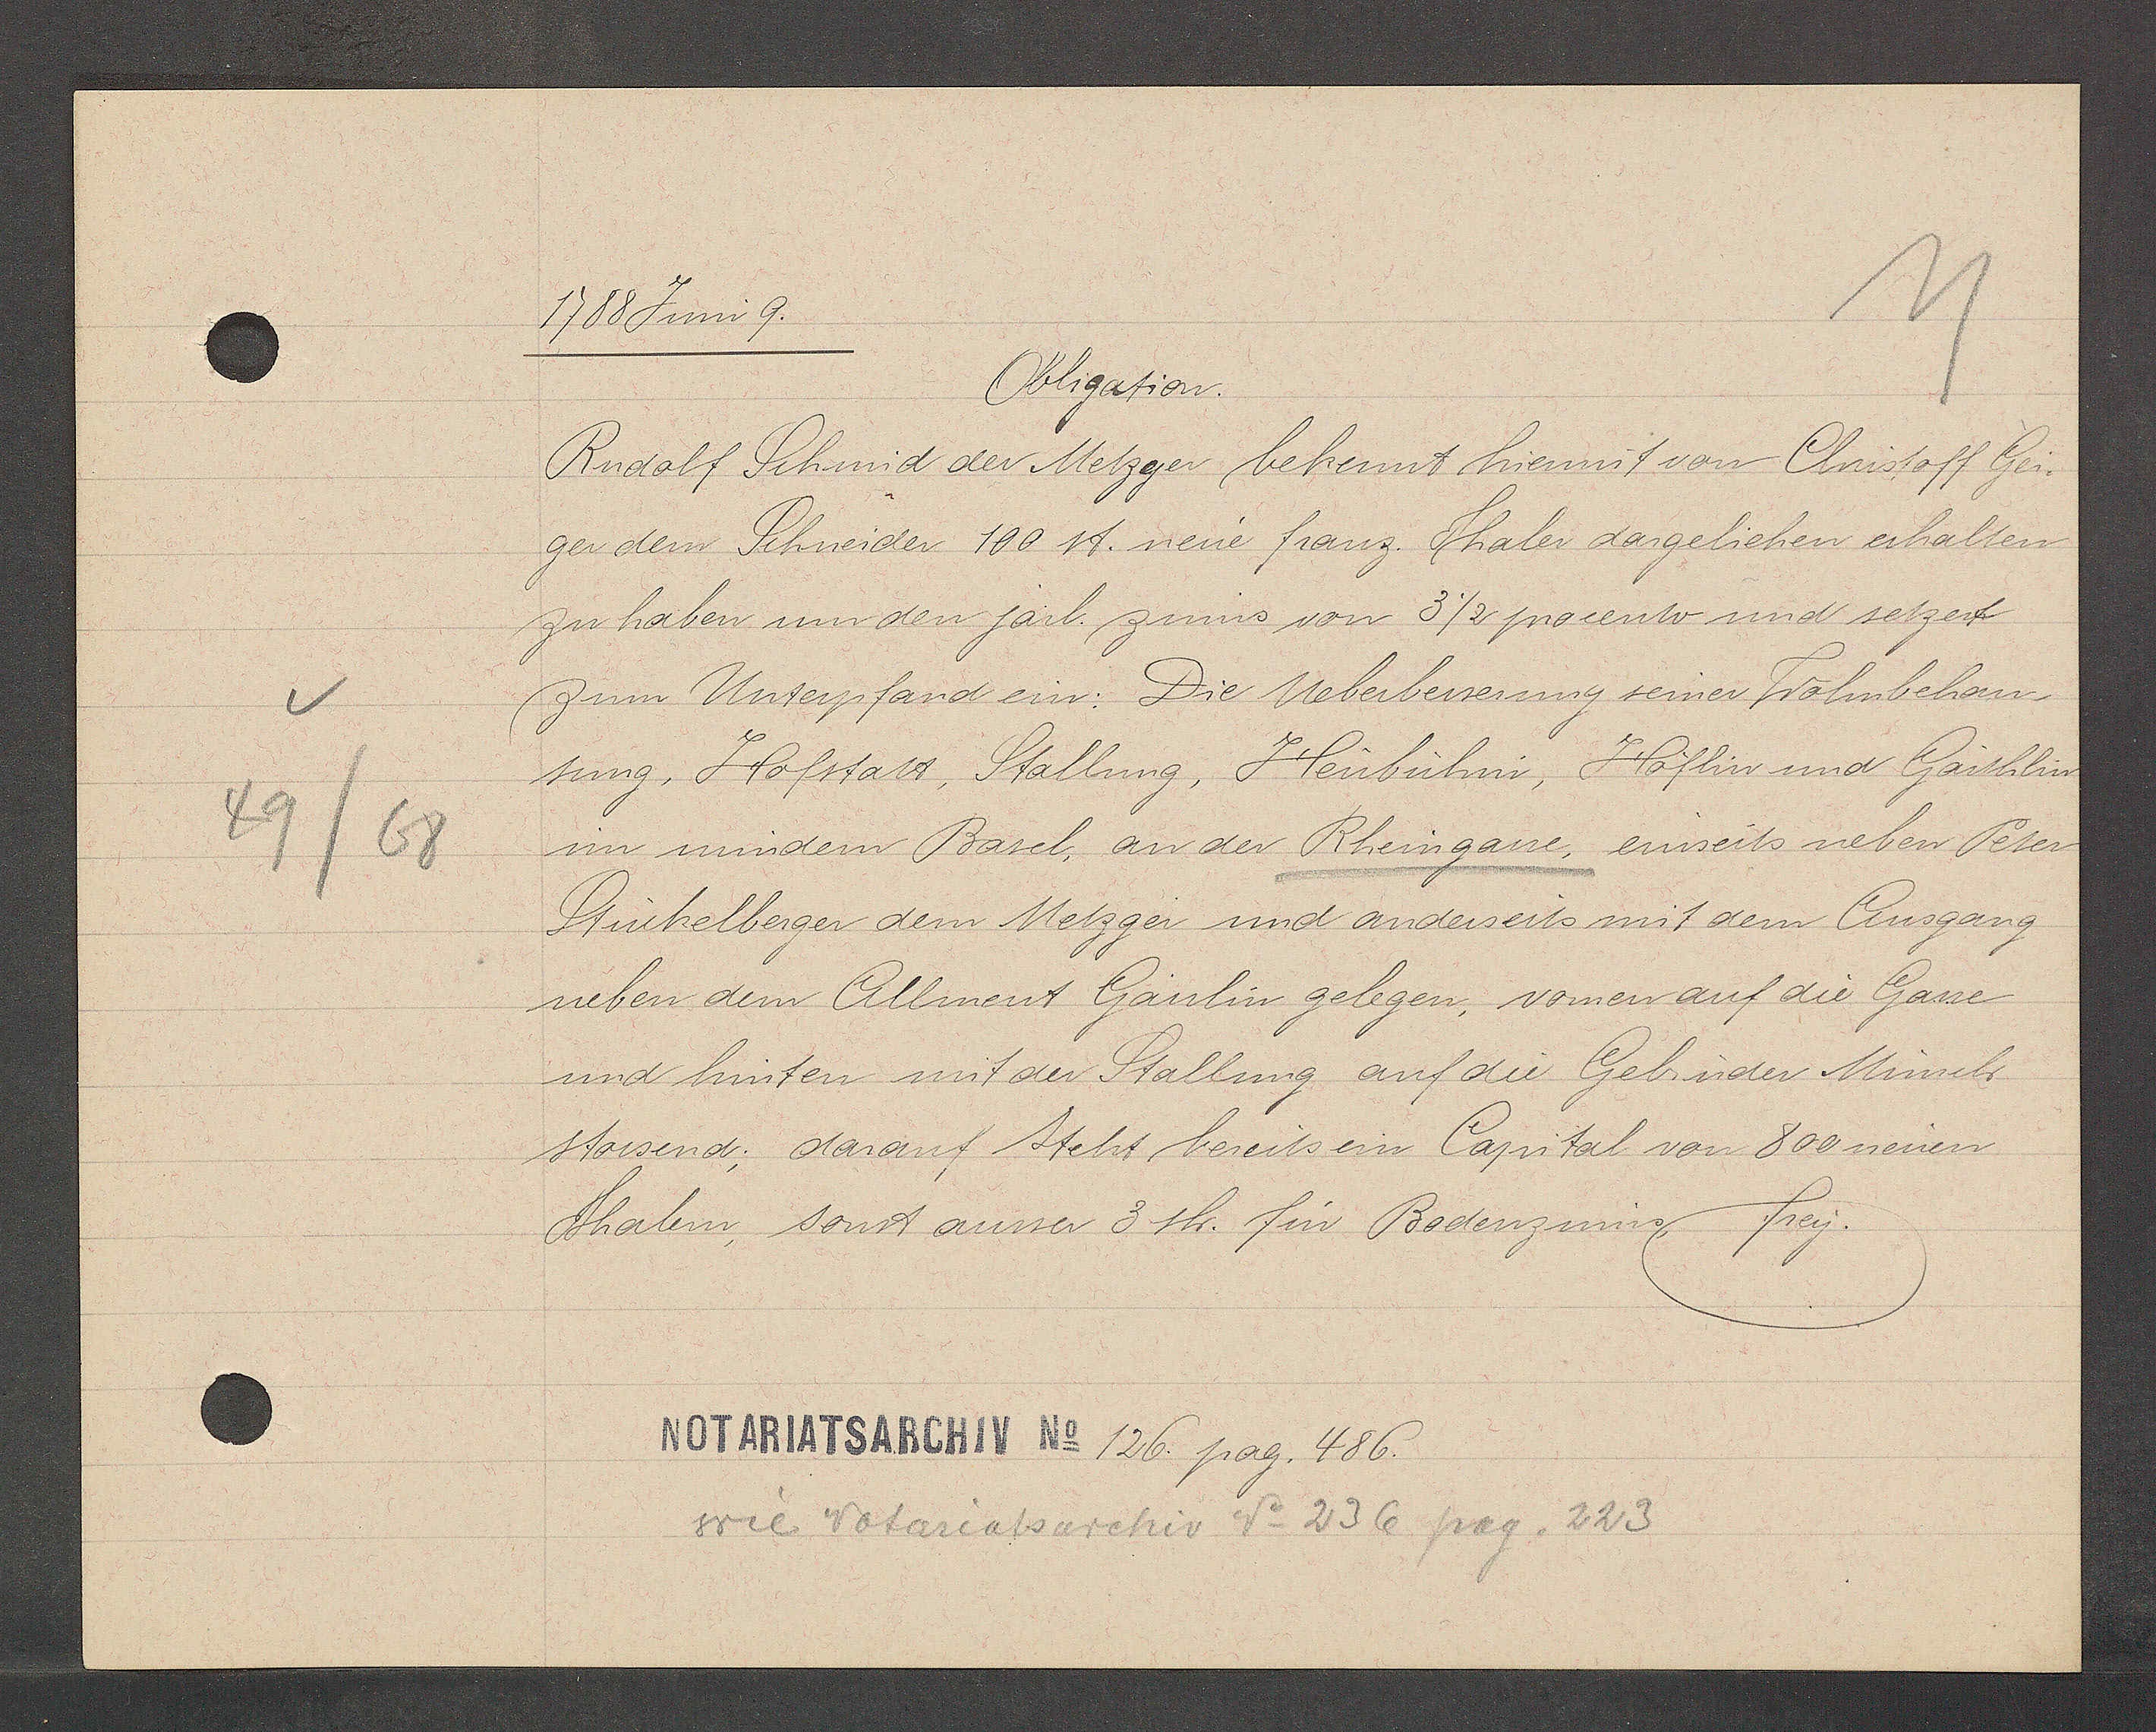
Transcript:
49/68

1788 Juni 9.

Obligation.
Rudolf Schmid der Metzger bekennt hiermit von Christoff Gei¬
ger dem Schneider 100 st. neue franz. Thaler dargeliehen erhalten
zu haben um den järl. zinns von 3½ procento und setzet
zum Unterpfand ein: Die Ueberbesserung seiner Wohnbeha-
sung, Hofstatt, Stallung, Heubühne, Höflin und Gärthlin
im mindern Basel, an der Rheingasse, einseits neben Peter
Stückelberger dem Metzger und anderseits mit dem Ausgang
neben dem Allment Gässlin gelegen, vornen auf die Gasse
und hinten mit der Stallung auf die Gebrüder Münch
stossend; darauf steht bereits ein Capital von 800 neuen
Thalern, sonst ausser 3 sh. für Bodenzinns, frey.

Notariatsarchiv No 126. pag. 486.

wie Notariatsarchiv No 236 pag. 223